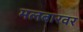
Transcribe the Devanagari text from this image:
मलबारवर